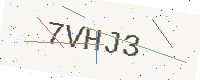
Text: 7VHJ3